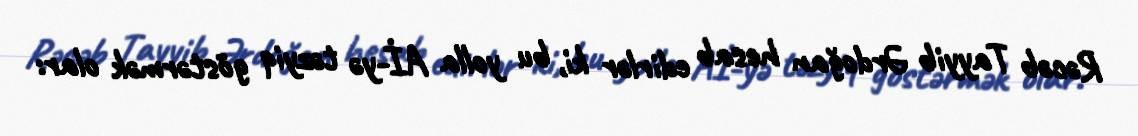
Rəcəb Tayyib Ərdoğan hesab edirlər ki, bu yolla Aİ-yə təzyiq göstərmək olar: